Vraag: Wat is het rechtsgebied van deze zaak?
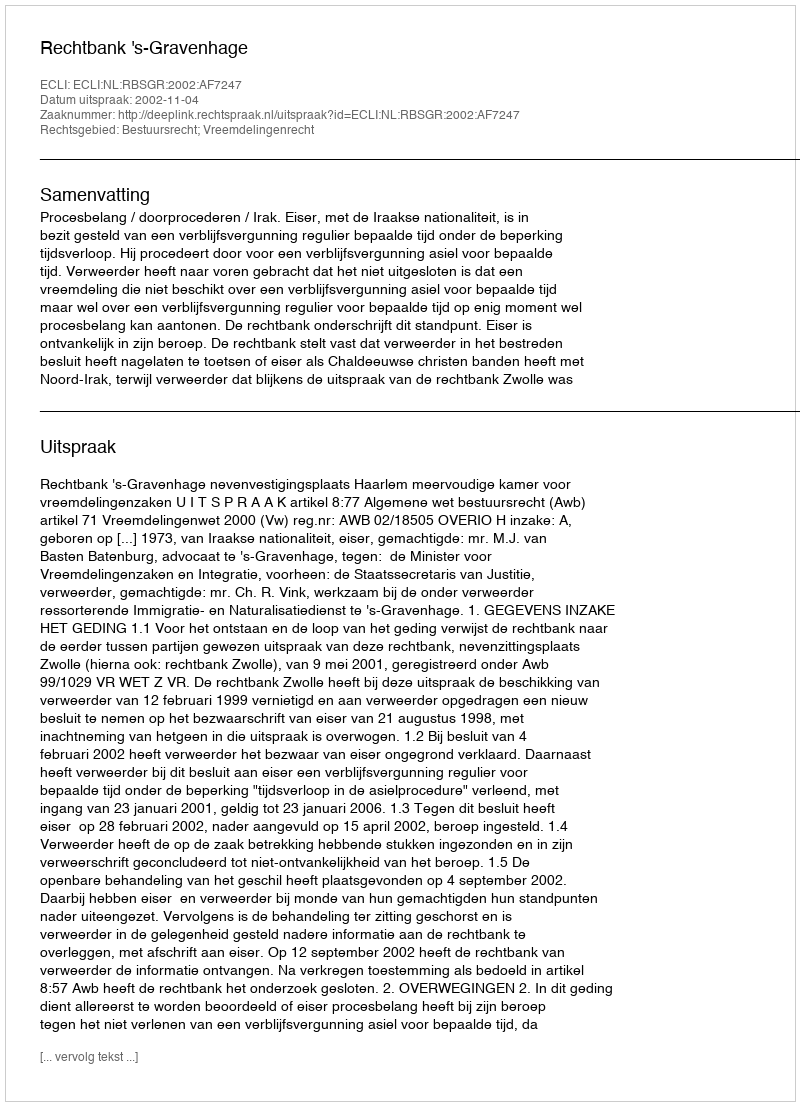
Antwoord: Bestuursrecht; Vreemdelingenrecht